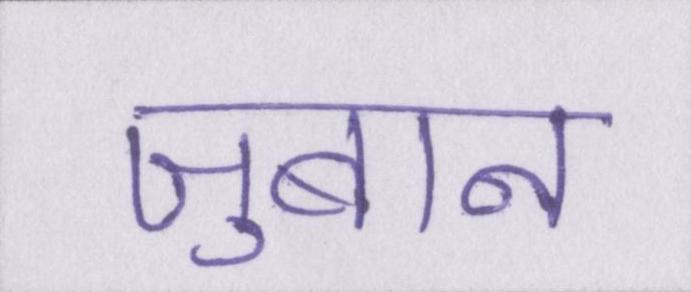
ज़ुबान